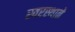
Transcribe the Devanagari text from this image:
स्वरस्थाने